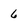
Character: 6